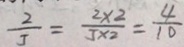
\frac { 2 } { 5 } = \frac { 2 \times 2 } { 5 \times 2 } = \frac { 4 } { 1 0 }